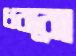
ধরবো